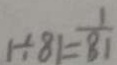
1 \div 8 1 = \frac { 1 } { 8 1 }